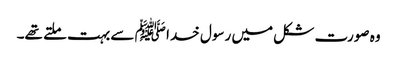
وہ صورت شکل میں رسول خدا ﷺ سے بہت ملتے تھے۔